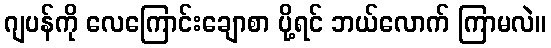
ဂျပန်ကို လေကြောင်းချောစာ ပို့ရင် ဘယ်လောက် ကြာမလဲ။